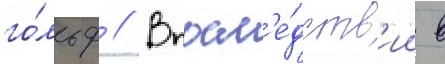
го́льф // Впосл'е́дств'ии в